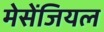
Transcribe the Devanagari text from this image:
मेसेंजियल